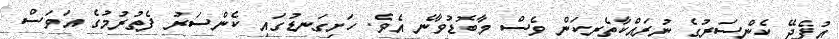
އުފެދޭ ކެންސަރުގެ ނުރައްކާތެރިކަން ވެސް މާބޮޑުވާނެ އެވެ. ހަށިގަނޑުގައި ކެންސަރު ފެތުރުމުގެ އަވަސް